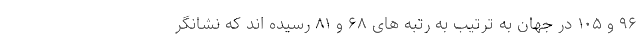
۹۶ و ۱۰۵ در جهان به ترتیب به رتبه های ۶۸ و ۸۱ رسیده اند که نشانگر